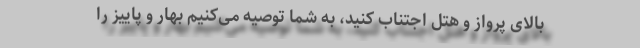
بالای پرواز و هتل اجتناب کنید، به شما توصیه می‌کنیم بهار و پاییز را